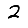
Digit: 2